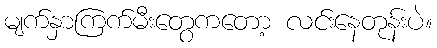
မျက်နှာကြက်မီးတွေကတော့ လင်းနေတုန်းပဲ။